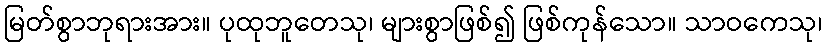
မြတ်စွာဘုရားအား။ ပုထုဘူတေသု၊ များစွာဖြစ်၍ ဖြစ်ကုန်သော။ သာဝကေသု၊